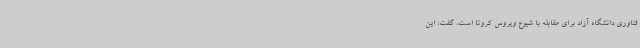
فناوری دانشگاه آزاد برای مقابله با شیوع ویروس کرونا است، گفت: این